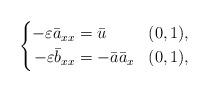
LaTeX: \begin{align*} \left\{ \begin{aligned} - \varepsilon \bar{a}_{xx} & = \bar{u} && (0,1), \\ - \varepsilon \bar{b}_{xx} & = - \bar{a} \bar{a}_x && (0,1), \end{aligned} \right.\end{align*}